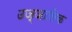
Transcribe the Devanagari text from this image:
उज्जालिक